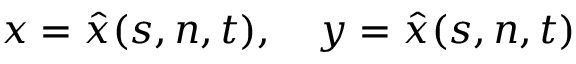
x = \hat { x } ( s , n , t ) , \quad y = \hat { x } ( s , n , t )